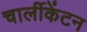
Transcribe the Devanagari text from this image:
चार्लीकेंटन